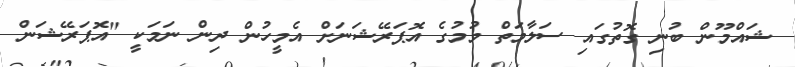
ޝައްމޫން ބުނި ގޮތުގައި ސަލާމަތް ވުމުގެ އޮޕަރޭޝަނަށް އެމީހުން ދިން ނަމަކީ "އޮޕަރޭޝަން